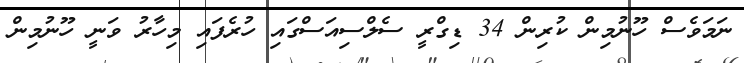
ނަމަވެސް ހޫނުމިން ކުރިން 34 ޑިގްރީ ސެލްސިއަސްގައި ހުރެފައި މިހާރު ވަނީ ހޫނުމިން